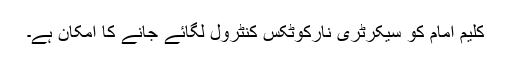
کلیم امام کو سیکرٹری نارکوٹکس کنٹرول لگائے جانے کا امکان ہے۔